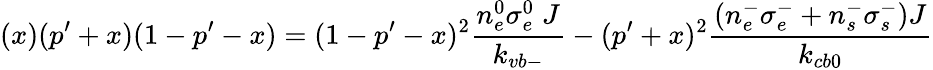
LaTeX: (x)(p^{\prime}+x)(1-p^{\prime}-x)=(1-p^{\prime}-x)^{2}\frac{n_{e}^{0}\sigma_{e}^{0}\; J}{k_{vb-}}-(p^{\prime}+x)^{2}\frac{\left(n_{e}^{-}\sigma_{e}^{-}+n_{s}^{-}\sigma_{s}^{-}\right)J}{k_{cb0}}